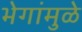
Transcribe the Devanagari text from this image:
भेगांमुळे